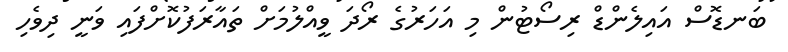
ބަނޑޮސް އައިލެންޑް ރިސޯޓުން މި އަހަރުގެ ރޯދަ ވީއްލުމަށް ތައާރަފުކޮށްފައި ވަނީ ދިވެހި